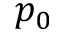
p _ { 0 }